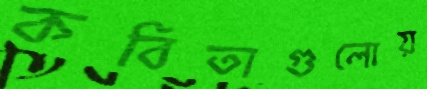
কবিতাগুলোয়